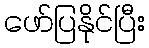
ဖော်ပြနိုင်ပြီး